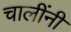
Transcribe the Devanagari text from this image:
चालींनी